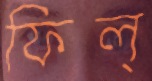
ফিল্